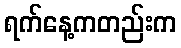
ရက်နေ့ကတည်းက